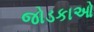
જોડકાઓ